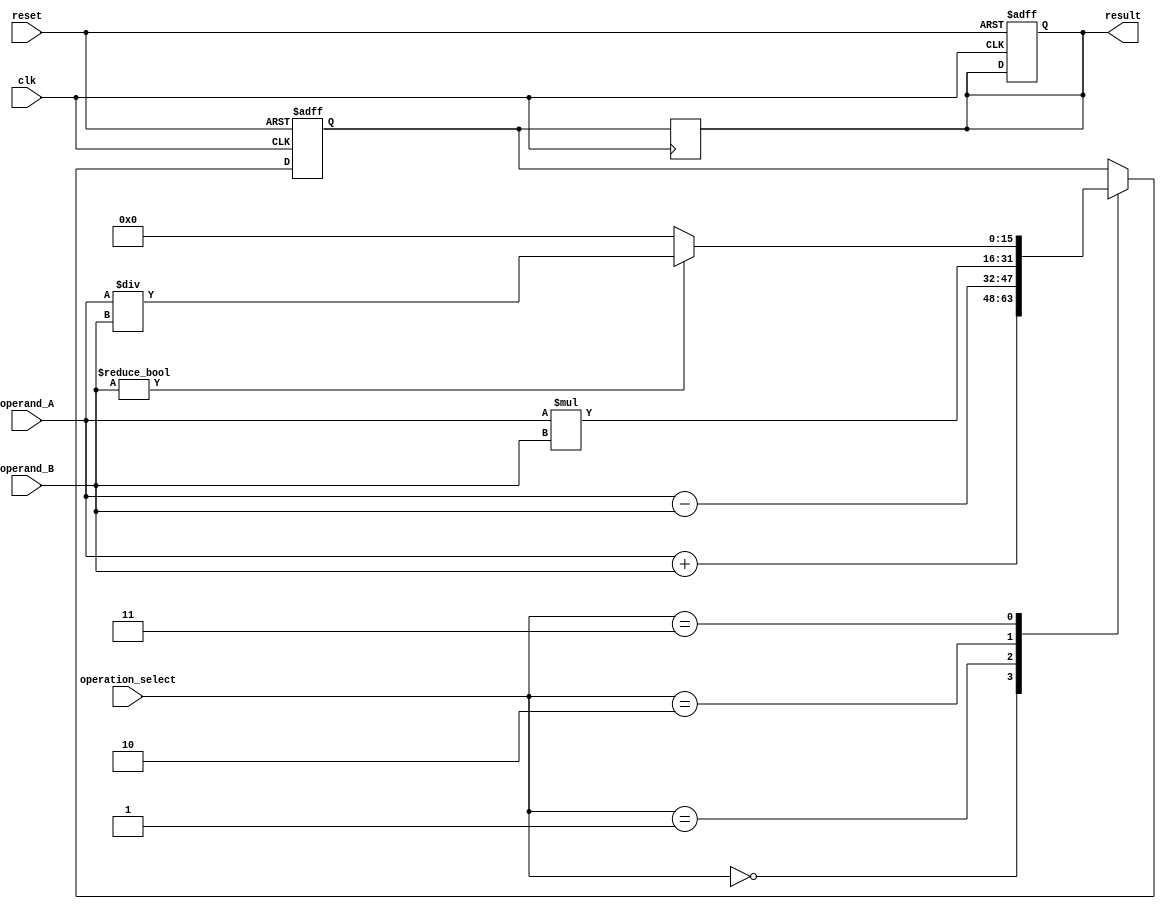
module arithmetic_block (
    input wire clk,
    input wire reset,
    input wire [7:0] operation_select,
    input wire [15:0] operand_A,
    input wire [15:0] operand_B,
    output wire [15:0] result
);

reg [15:0] accumulator;
reg [15:0] intermediate_result;

always @(posedge clk or posedge reset) begin
    if(reset) begin
        accumulator <= 16'b0;
        intermediate_result <= 16'b0;
    end else begin
        case(operation_select)
            4'b0000: accumulator <= operand_A + operand_B; // Addition operation
            4'b0001: accumulator <= operand_A - operand_B; // Subtraction operation
            4'b0010: accumulator <= operand_A * operand_B; // Multiplication operation
            4'b0011: begin
                // Check for divide by zero
                if(operand_B != 16'b0) begin
                    accumulator <= operand_A / operand_B; // Division operation
                end else begin
                    accumulator <= 16'b0; // Output 0 in case of divide by zero
                end
            end
        endcase
    end
end

always @(posedge clk) begin
    intermediate_result <= accumulator;
end

assign result = intermediate_result;

endmodule